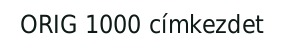
ORIG 1000 címkezdet